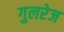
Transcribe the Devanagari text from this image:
गुलरेज